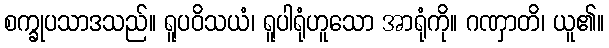
စက္ခုပသာဒသည်။ ရူပဝိသယံ၊ ရူပါရုံဟူသော အာရုံကို။ ဂဏှာတိ၊ ယူ၏။